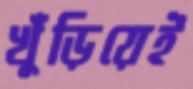
খুঁড়িয়েই